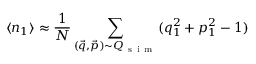
\langle n _ { 1 } \rangle \approx \frac { 1 } { N } \sum _ { ( \vec { q } , \vec { p } ) { \sim } Q _ { \mathrm { ~ s ~ i ~ m ~ } } } ( q _ { 1 } ^ { 2 } + p _ { 1 } ^ { 2 } - 1 )